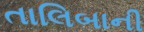
તાલિબાની